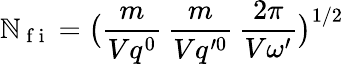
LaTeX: \mathbb{N}_{\mathrm{{~f~i~}}}=\big(\frac{{m}}{{Vq^{0}}}\, \frac{{m}}{{Vq^{\prime0}}}\, \frac{{2\pi}}{{V\omega^{\prime}}}\big)^{1/2}